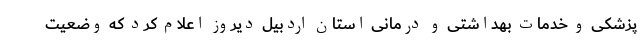
پزشکی و خدمات بهداشتی و درمانی استان اردبیل دیروز اعلام کرد که وضعیت